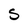
Character: S